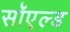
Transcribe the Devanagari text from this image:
सॉएल्ड